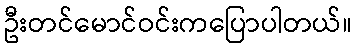
ဦးတင်မောင်ဝင်းကပြောပါတယ်။